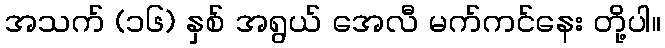
အသက် (၁၆) နှစ် အရွယ် အေလီ မက်ကင်နေး တို့ပါ။